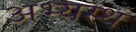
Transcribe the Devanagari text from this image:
अभ्यस्थ